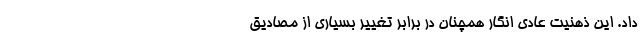
داد. این ذهنیت عادی انگار همچنان در برابر تغییر بسیاری از مصادیق